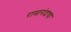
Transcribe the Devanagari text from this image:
रामानंदाचा